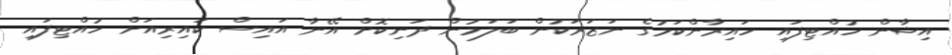
އިޝާން ހުއްޓިފައި ހައިރާންކަމުގެ ނަޒަރަކުން ބަލަމުން ދަނިކޮށް އޭނާ އައިސް ކައިރިއަށް ހުއްޓިފައި